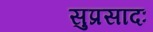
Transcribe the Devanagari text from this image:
सुप्रसादः